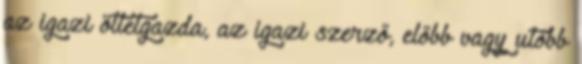
az igazi ötletgazda, az igazi szerző, előbb vagy utóbb